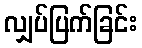
လျှပ်ပြက်ခြင်း